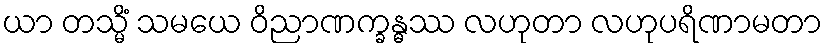
ယာ တသ္မိံ သမယေ ဝိညာဏက္ခန္ဓဿ လဟုတာ လဟုပရိဏာမတာ